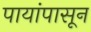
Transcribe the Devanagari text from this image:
पायांपासून